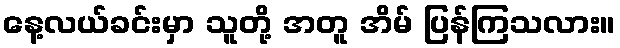
နေ့လယ်ခင်းမှာ သူတို့ အတူ အိမ် ပြန်ကြသလား။